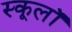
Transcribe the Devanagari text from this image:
स्कूलॉ